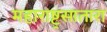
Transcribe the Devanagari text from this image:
महाराष्ट्रसातारा